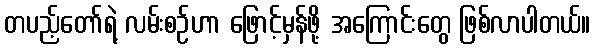
တပည့်တော်ရဲ့ လမ်းစဉ်ဟာ ဖြောင့်မှန်ဖို့ အကြောင်းတွေ ဖြစ်လာပါတယ်။